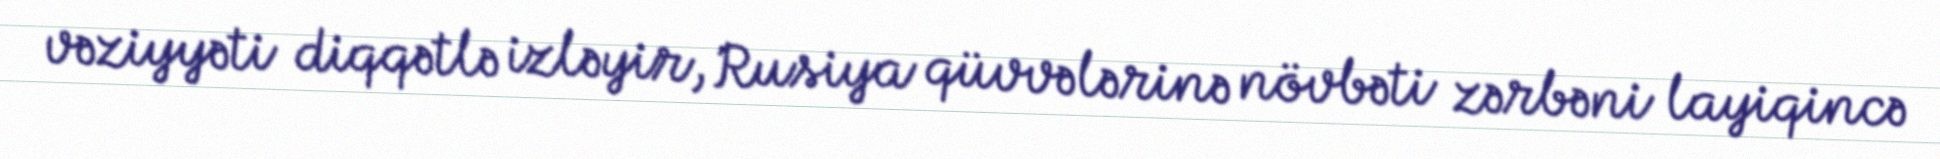
vəziyyəti diqqətlə izləyir, Rusiya qüvvələrinə növbəti zərbəni layiqincə